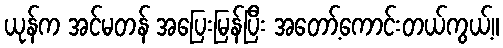
ယုန်က အင်မတန် အပြေးမြန်ပြီး အတော့်ကောင်းတယ်ကွယ့်။